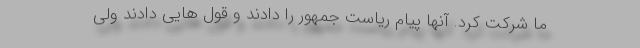
ما شرکت کرد. آنها پیام ریاست جمهور را دادند و قول هایی دادند ولی